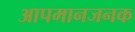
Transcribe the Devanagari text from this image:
आपमानजनक